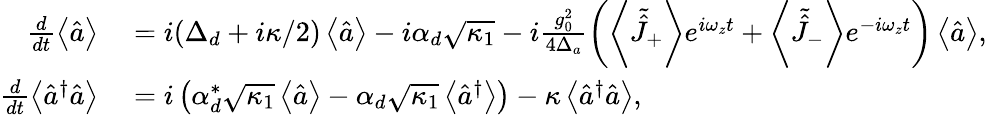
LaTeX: \begin{array}{rl}{\frac{d}{dt}\left\langle\hat{a}\right\rangle}&{{}=i(\Delta_{d}+i\kappa/2)\left\langle\hat{a}\right\rangle-i\alpha_{d}\sqrt{\kappa_{1}}-i\frac{g_{0}^{2}}{4\Delta_{a}}\left(\left\langle\tilde{\hat{J}}_{+}\right\rangle e^{i\omega_{z}t}+\left\langle\tilde{\hat{J}}_{-}\right\rangle e^{-i\omega_{z}t}\right)\left\langle\hat{a}\right\rangle,}\\ {\frac{d}{dt}\left\langle\hat{a}^{\dagger}\hat{a}\right\rangle}&{{}=i\left(\alpha_{d}^{*}\sqrt{\kappa_{1}}\left\langle\hat{a}\right\rangle-\alpha_{d}\sqrt{\kappa_{1}}\left\langle\hat{a}^{\dagger}\right\rangle\right)-\kappa\left\langle\hat{a}^{\dagger}\hat{a}\right\rangle,}\end{array}